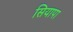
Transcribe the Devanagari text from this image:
सियापा